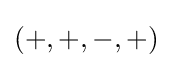
(+,+,-,+)